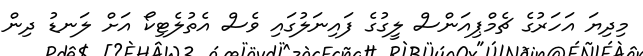
މިދިޔަ އަހަރުގެ ޗެމްޕިއަންސް ލީގުގެ ފައިނަލުގައި ވެސް އެތުލެޓިކޯ އަށް ލަނޑު ދިން